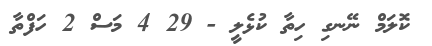
ކޮލަމް ނޭނގި ހިތާ ކުޅެލީ - 29 4 މަސް 2 ހަފްތާ